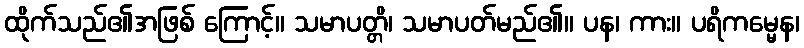
ထိုက်သည်၏အဖြစ် ကြောင့်။ သမာပတ္တိ၊ သမာပတ်မည်၏။ ပန၊ ကား။ ပရိကမ္မေန၊